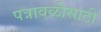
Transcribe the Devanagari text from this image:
पत्रावळीसाठी